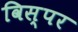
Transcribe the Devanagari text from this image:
विस्पर